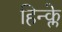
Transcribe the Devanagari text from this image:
हिन्क्ले